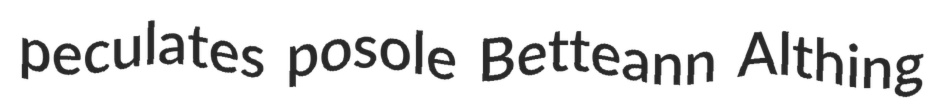
peculates posole Betteann Althing